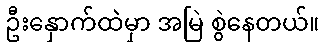
ဦးနှောက်ထဲမှာ အမြဲ စွဲနေတယ်။